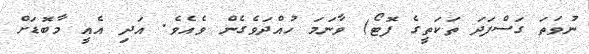
ނުވަތަ ގަސްފަދަ ތަކަތީގެ ފޮޓޯ) ވާނަމަ ހުއްދަވެގެން ވެއެވެ. އަދި އެއީ މާބޮޑަށް